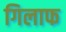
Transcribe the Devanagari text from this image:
गिलाफ